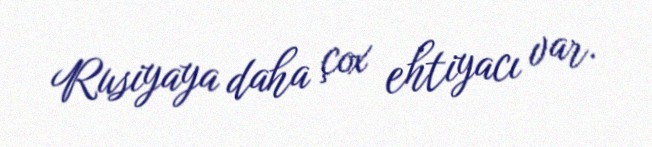
Rusiyaya daha çox ehtiyacı var.